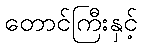
တောင်ကြီးနှင့်